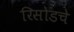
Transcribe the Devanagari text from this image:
रिसोडचे